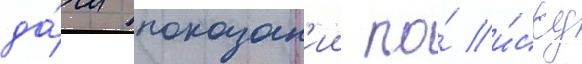
да́чи показан'ии по́ и́ску